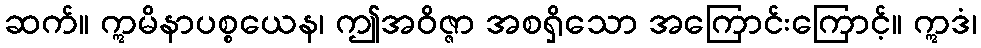
ဆက်။ ဣမိနာပစ္စယေန၊ ဤအဝိဇ္ဇာ အစရှိသော အကြောင်းကြောင့်။ ဣဒံ၊